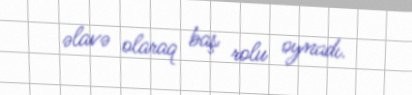
əlavə olaraq baş rolu oynadı.